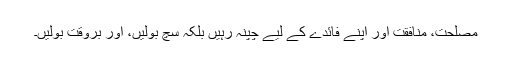
مصلحت، منافقت اور اپنے فائدے کے لیے چُپنہ رہیں بلکہ سچ بولیں، اور بروقت بولیں۔